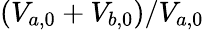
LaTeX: (V_{a,0}+V_{b,0})/V_{a,0}